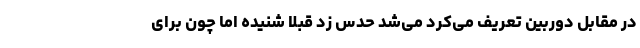
در مقابل دوربین تعریف می‌کرد می‌شد حدس زد قبلا شنیده اما چون برای